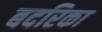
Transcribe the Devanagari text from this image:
बदरिका